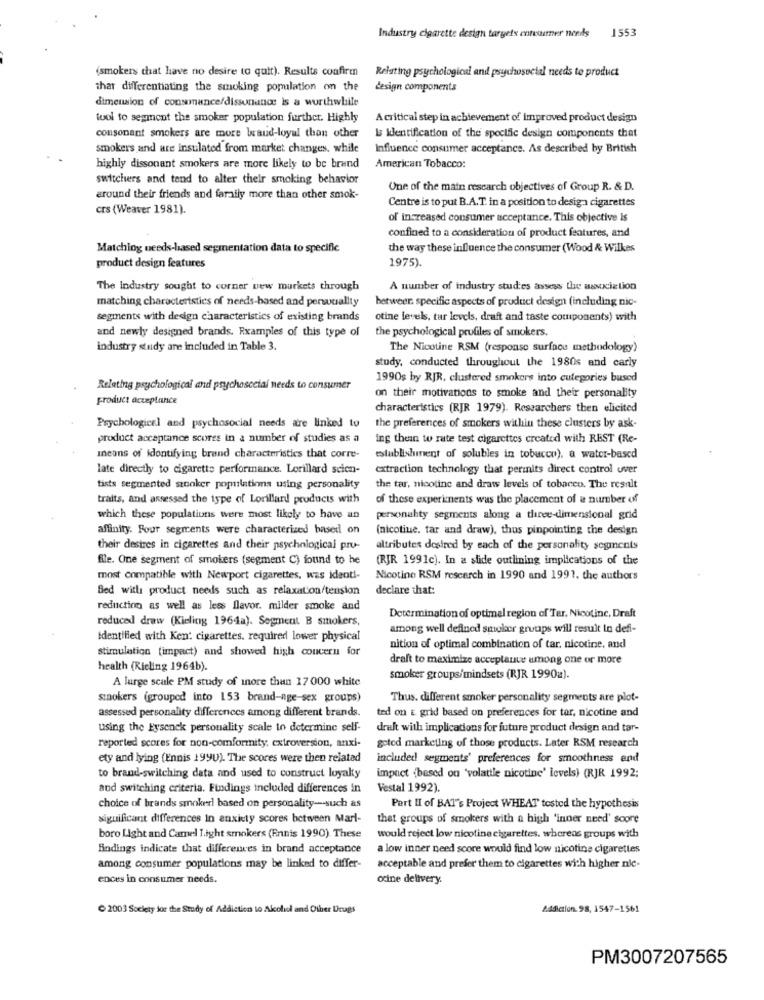
Industry cigarette design targets enrammer needs
1553
(smokers that have no desire to quit). Results confirm
Relating psychological and psychosocial needs to product
thar differentiating the smoking population on the
design components
dimension of consonance/dissonance is a worthwhile
tool to segment the smoker population further. Highly
Acritical step in achievement of improved product design
consonant smokers are more braud-loyal than other
Is Identification of the specific design components that
smokers and are insulated from market changes. while
Influence consumer acceptance. As described by British
highly dissonant smokers are more likely to be brend
American Tobacco:
switchers and tend to alter their smoking behavior
One of the main research objectives of Group R. & D.
around their friends and farafly more than other smok-
Centre is to put B.A.T. in a position to desig- cigarettes
crs (Weaver 1981).
of increased consumer acceptance. This objective is
confined to a consideration of product features, and
Matchlog needs-based segmentation data to specific
the way these influence the consumer (Wood & Wilkes
1975).
product design features
The Industry sought to corner new murkets through
A number of industry studies assess the association
matching characteristics of needs-based and perwcallty
hetweer. specific aspects of product design (including nic-
segments with design characteristics of existing brands
otine levels, tar levels, draft and taste components) with
and newly designed brands. Examples of this type of
the psychological profiles of smokers.
industry study are included in Table 3.
The Nicotine RSM (response surface methodology)
study, conducted throughout the 1980s and carly
1990s by RJR, clustered smokers into cutegories bused
Relating psychological and psychosocial needs to consumer
product acceptance
on their motivations to smoke and their personality
characteristics (RJR 1979). Researchers then elicited
Psychological and psychosocial needs are linked to
the preferences of smokers within these clusters by ask-
product acceptance scores in a number of studies as a
ing thein to rate test cigarettes created with REST (Re-
Ineans of identifying brand characteristics that corre-
establishment of solubles in tobucco), a water-based
late directly to cigarette performance. Lorillard scien-
extraction technology that perinits direct control over
tists segmented stooker populations using personality
the tar, nicotine and draw levels of tobacco. The result
traits, and assessed the type of Lorillard products with
of these experiments was the placement of a number of
which these populations were most likely to have an
personahty segments along a three-dimensional grid
affinity. Four segments were characterized based on
(nicotine, tar and draw), thus pinpointing the design
their desires in cigarettes and their psychological pro-
altributes desired by each of the personality segments
file. One segment of smokers (segment C) found to he
(RJR 1991c). In a slide outlining implications of the
most compatible with Newport cigarettes, was identi-
Nicotine RSM research in 1990 and 1991. the authors
Bed with product needs such as relaxation/tension
declare that:
reduction as well as less flavor. milder smoke and
reduced draw (Kieling 1964a). Segment B smokers,
Determination of optimel region of Ter, Nicotine, Draft
among well defined smoker groups will result in defi-
Identified with Ken: cigarettes. required lower physical
stimulation (impact) and showed high concern for
nition of optimal combination of tar, nicotine, and
draft to maximize acceptance umong one or more
health (Kieling 1964b).
A large scale PM study of more than 17000 white
smoker groups/mindsets (RJR 1990z).
snokers (grouped into 153 brand-nge-sex groups)
Thus. different smoker personality segments are plot-
assessed personality differences among different brands.
ted on E grid based on preferences for tor, nicotine and
using the Eysenck personality scale to determine self-
draft with implications for future product design and tar-
reported scores for non-comformity, extroversion, anxi-
geted marketing of those products. Later RSM research
ety and lying (Ennis 1990). The scores were then related
included segments' preferences for smoothness end
to brand-switching data and used to construct loyalty
impact (based on 'volatile nicotine' levels) (RJR 1992;
and switching criteria. Findings included differences in
Vestal 1992).
choice of brands smokerl based on personality -- such as
Part II of BAT's Project WHEAT tosted the hypothesis
significant differences In anxiety scores between Marl-
that groups of smokers with a high 'inner need' score
boro Light and Camel Tight smokers (Ennis 1990). These
would reject low nicotine cigarettes, whereas groups with
findings indicate that differences in brand acceptance
a low inner need score would find low nicotine cigarettes
among consumer populations may be linked to differ-
acceptable and prefer them to cigarettes with higher nie-
ences in consumer needs.
ocine delivery.
2003 Society for the Study of Addiction to Alcold and Other Drugs
Addiction.98, 1547-1561
PM3007207565